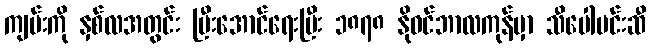
ကျမ်းကို နှစ်လအတွင်း ပြီးအောင်ရေးပြီး ၁၈၇၈ နိုဝင်ဘာလကုန်မှာ သီပေါမင်းဆီ